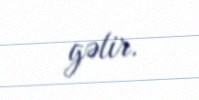
gəlir.